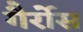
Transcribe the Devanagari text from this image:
गैर्रोस